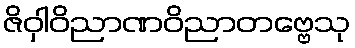
ဇိဝှါဝိညာဏဝိညာတဗ္ဗေသု